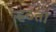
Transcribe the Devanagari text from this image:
हठती